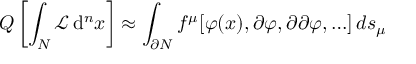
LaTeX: Q \left[ \int _ { N } { \mathcal { L } } \, \mathrm { d } ^ { n } x \right] \approx \int _ { \partial N } f ^ { \mu } [ \varphi ( x ) , \partial \varphi , \partial \partial \varphi , \ldots ] \, d s _ { \mu }